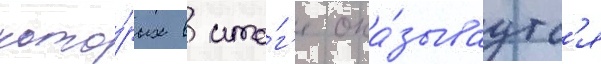
кото́рых в ито́г'е ока́зываутс'я